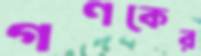
গণকের